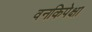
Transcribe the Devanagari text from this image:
वनकिपेक्षा